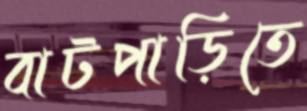
বাটপাড়িতে